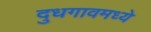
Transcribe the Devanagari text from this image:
दुधगावमध्ये